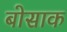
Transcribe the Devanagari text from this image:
बोसाक